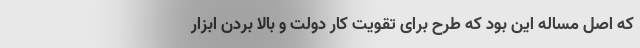
که اصل مساله این بود که طرح برای تقویت کار دولت و بالا بردن ابزار